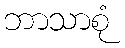
ဘာသာစုံ